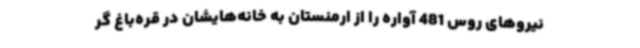
نیروهای روس 481 آواره را از ارمنستان به خانه‌هایشان در قره‌باغ گر